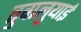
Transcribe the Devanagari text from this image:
तुवालुयाई